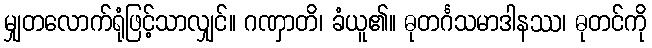
မျှတလောက်ရုံဖြင့်သာလျှင်။ ဂဏှာတိ၊ ခံယူ၏။ ဓုတင်္ဂသမာဒါနဿ၊ ဓုတင်ကို